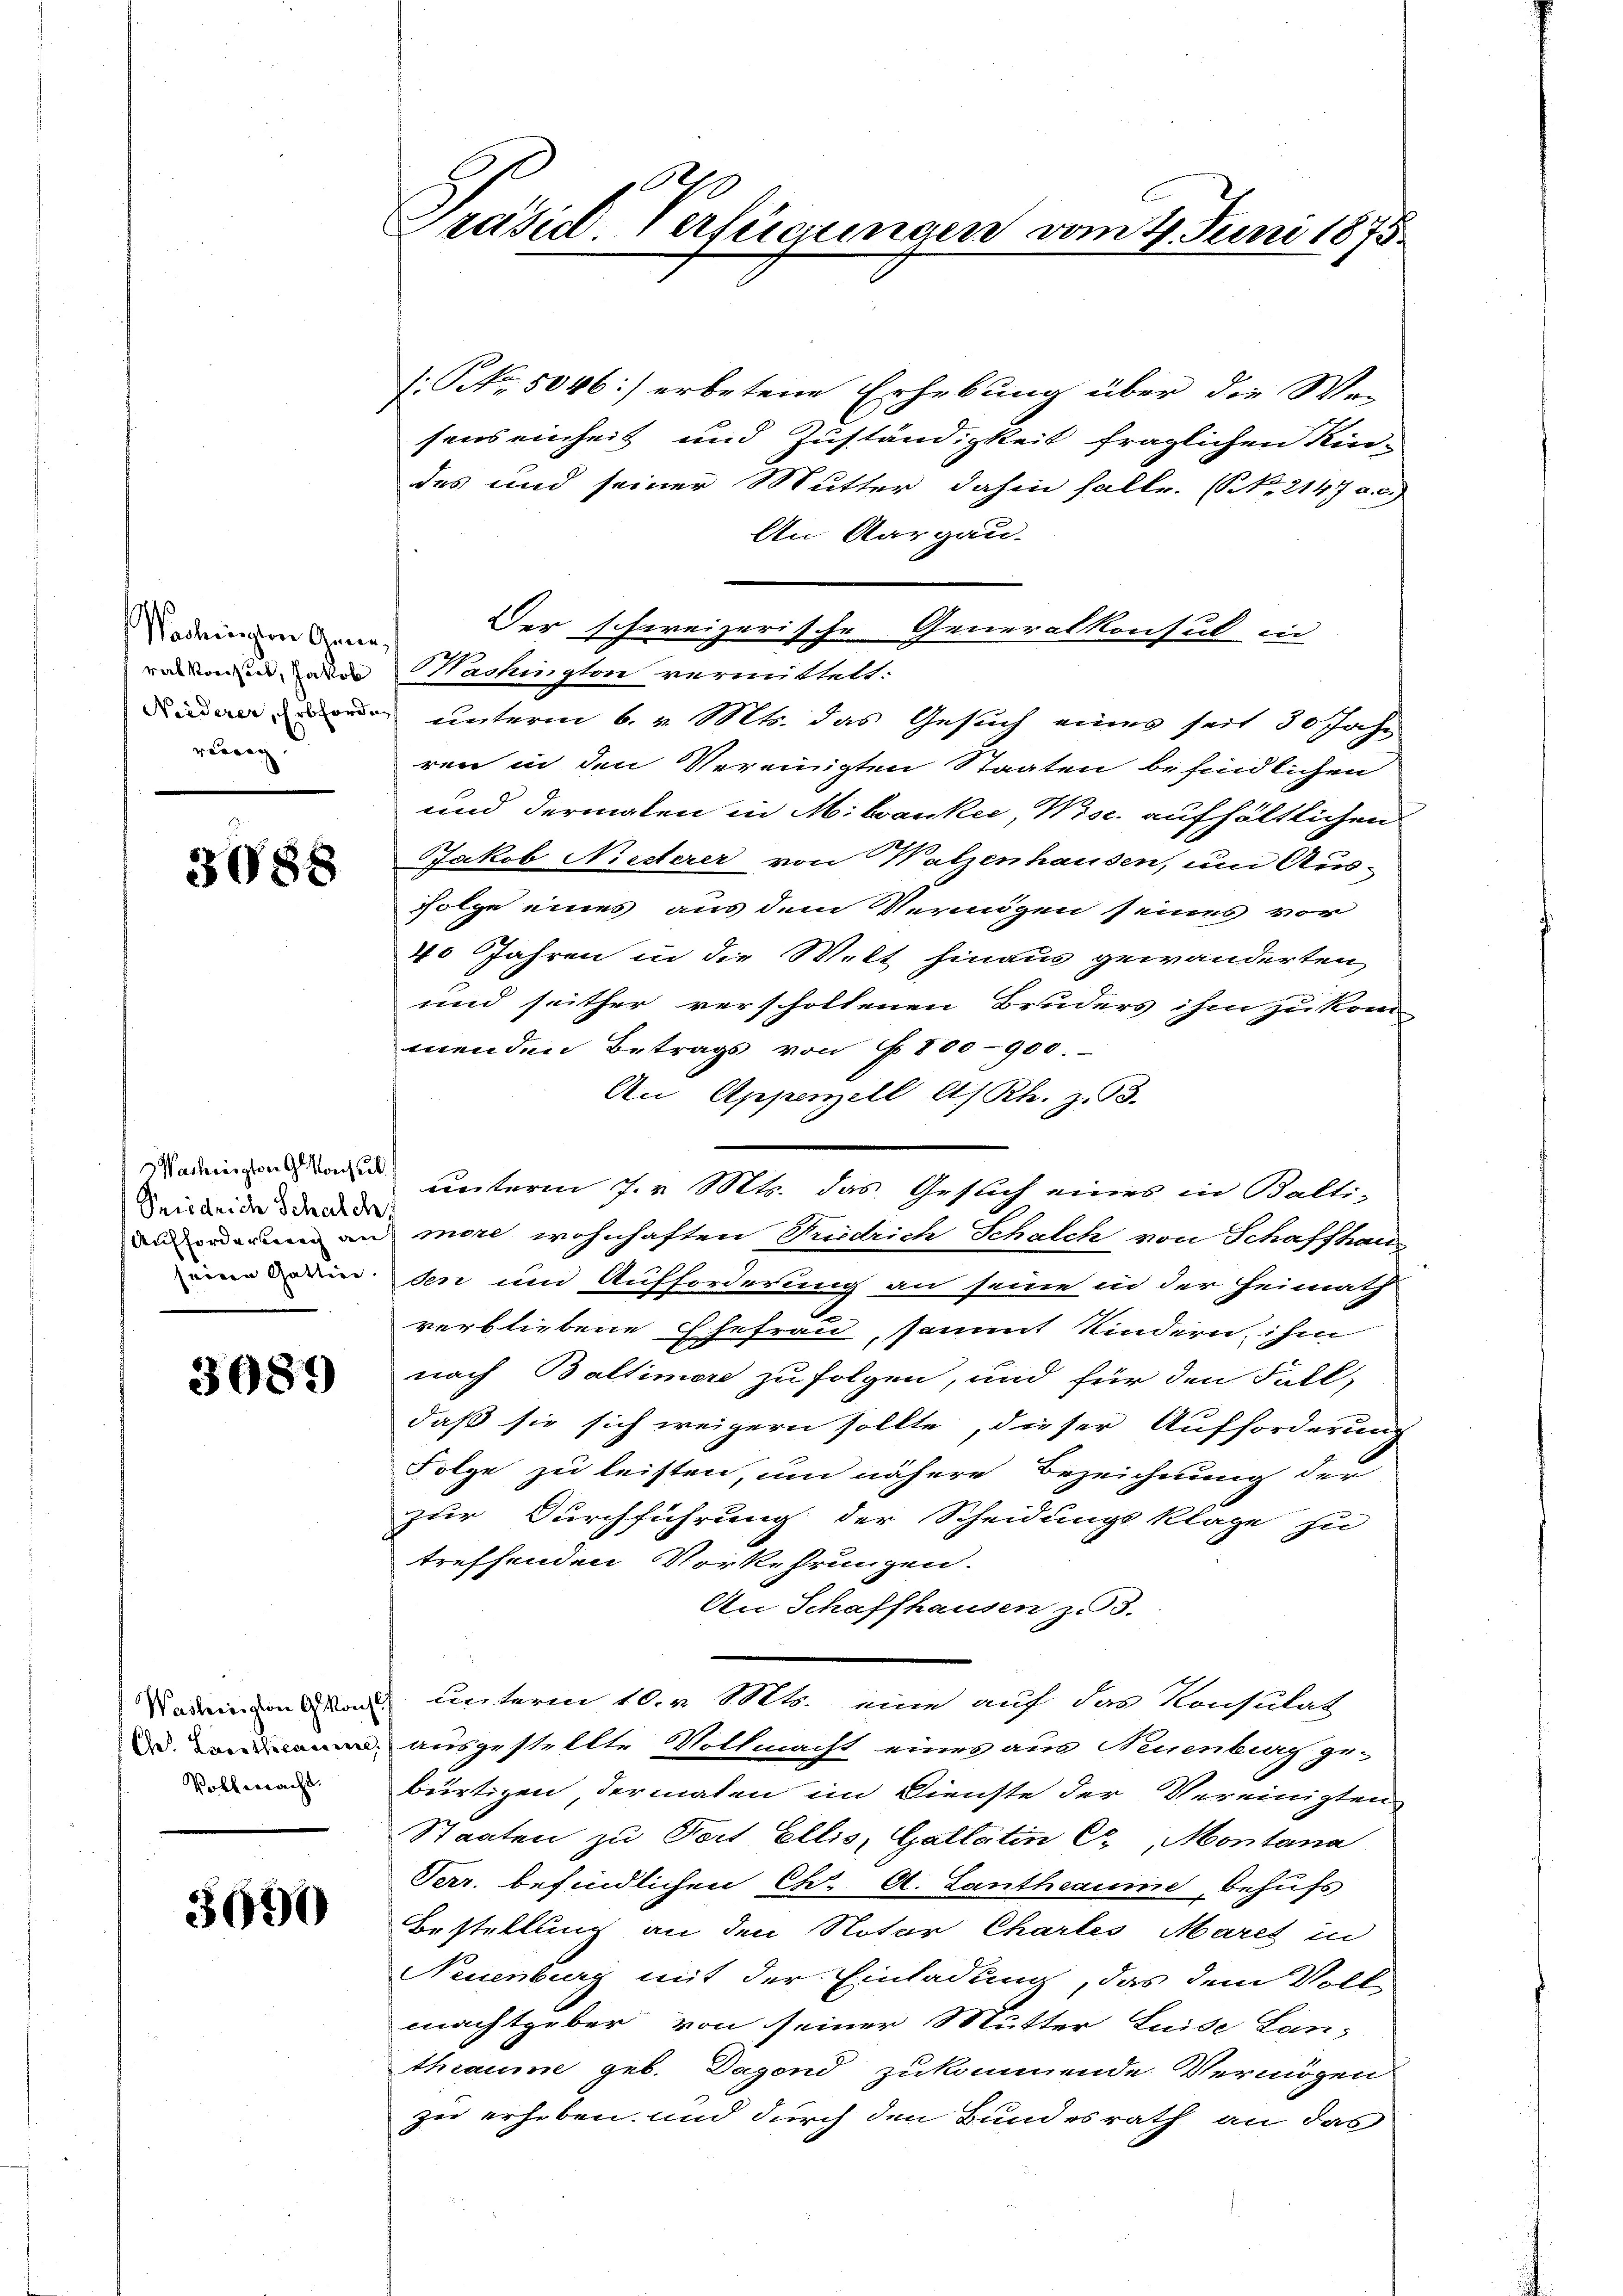
Washington Anna
rat Konsuet, Jakob
rebrig.

3688

Siedrich Schalch
seinen Gattier

3087)

Ches. Brothecassiere
Vollmacht.

3690

Präsid. Verfügungen vom 4. Juni 1875.

1. No. 5046) erbetene Erhebung über die Wesens einheit und Zuständigkeit fraglichen Kin-
des und seiner Mutter dahin falle. (S. 2147 a. c.)
An Aargau
Der schweizerische Generalkonsul in
Machington vermittelt:
 den unterm 6. v. Mts. das Gesuch eines seit 30 Jahr
ren in den Vereinigten Staaten befindlichen
und dermalen in Milvanke, Wisc. aufhältlichen
Jakob Nesterer von Walzenhausen, um Aus-
Folge eines aus dem Vermögen seines vor
40 Jahren in die Welt hinaus gewänderten
und seither verschollenen Bruders ihm zu kom
menden Betrags von § 800-900.
An Appenzell A/Rh. z. 93.
.
anorderung an mere wohnhaften Tuidrich Schalch von Schaffhaus
sen um Aufforderung an seine in der Heimath
verbliebene Ehefrau sammt Kindern, ihm
nach Baltimore zu folgen, und für den Fall,
daß sie sich weigern sollte, dieser Aufforderung
Folge zu leisten, um nähere Bezeichnung der
zur Durchführung der Scheidungsklage zu
treffenden Vorkehrungen.
An Schaffhausen z. 3.
Nadin von Son unterm 10. Mts. eine auf der Konsulat
 ausgestellte Vollmacht eines aus Neuenburg ge-
bürtigen, dermalen im Dienste der Vereinigten
Staaten zu Fert. Ellis, Gallatin C. Montana
Verr. befindlichen Chr. A. Lantheaume, behufs
Bestellung an den Notar Chartes Mares in
Neuenburg mit der Einladung, das dem Voll-
machtgeber von seiner Mutter Luise Lan-
theaume geb. Dagond zukommende Vermögen
zu erheben und durch den Bundesrath an das

Madin unterm 7. v. Mts. das Geslich eines in Balti¬